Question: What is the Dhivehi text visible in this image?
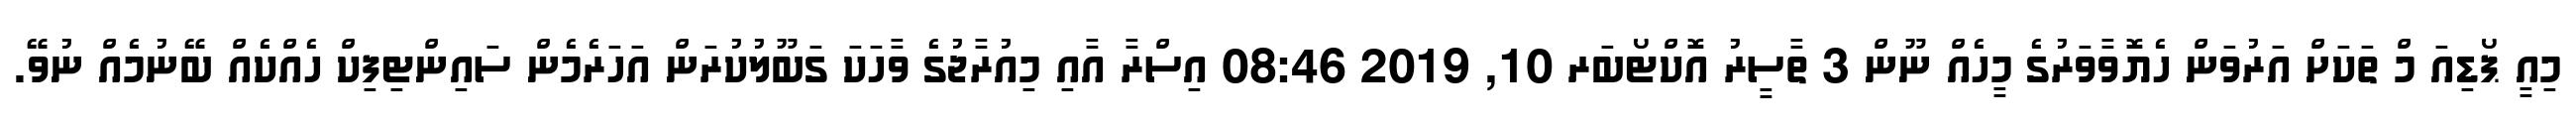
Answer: މިއީ ޕޯޑިއަ މް ތަކަށް އަރުވަން ހެޔޮވާވަރުގެ މީހެއް ނޫން 3 ތާސީރު އޮކްޓޯބަރ 10, 2019 08:46 އިސްރާ އާއި މިއުރާޖުގެ ވާހަކަ ގަބޫލުކުރަން އަހަރެމެން ސައިންޓިފިކް ހެއްކެއް ބޭނުމެއް ނުވޭ.